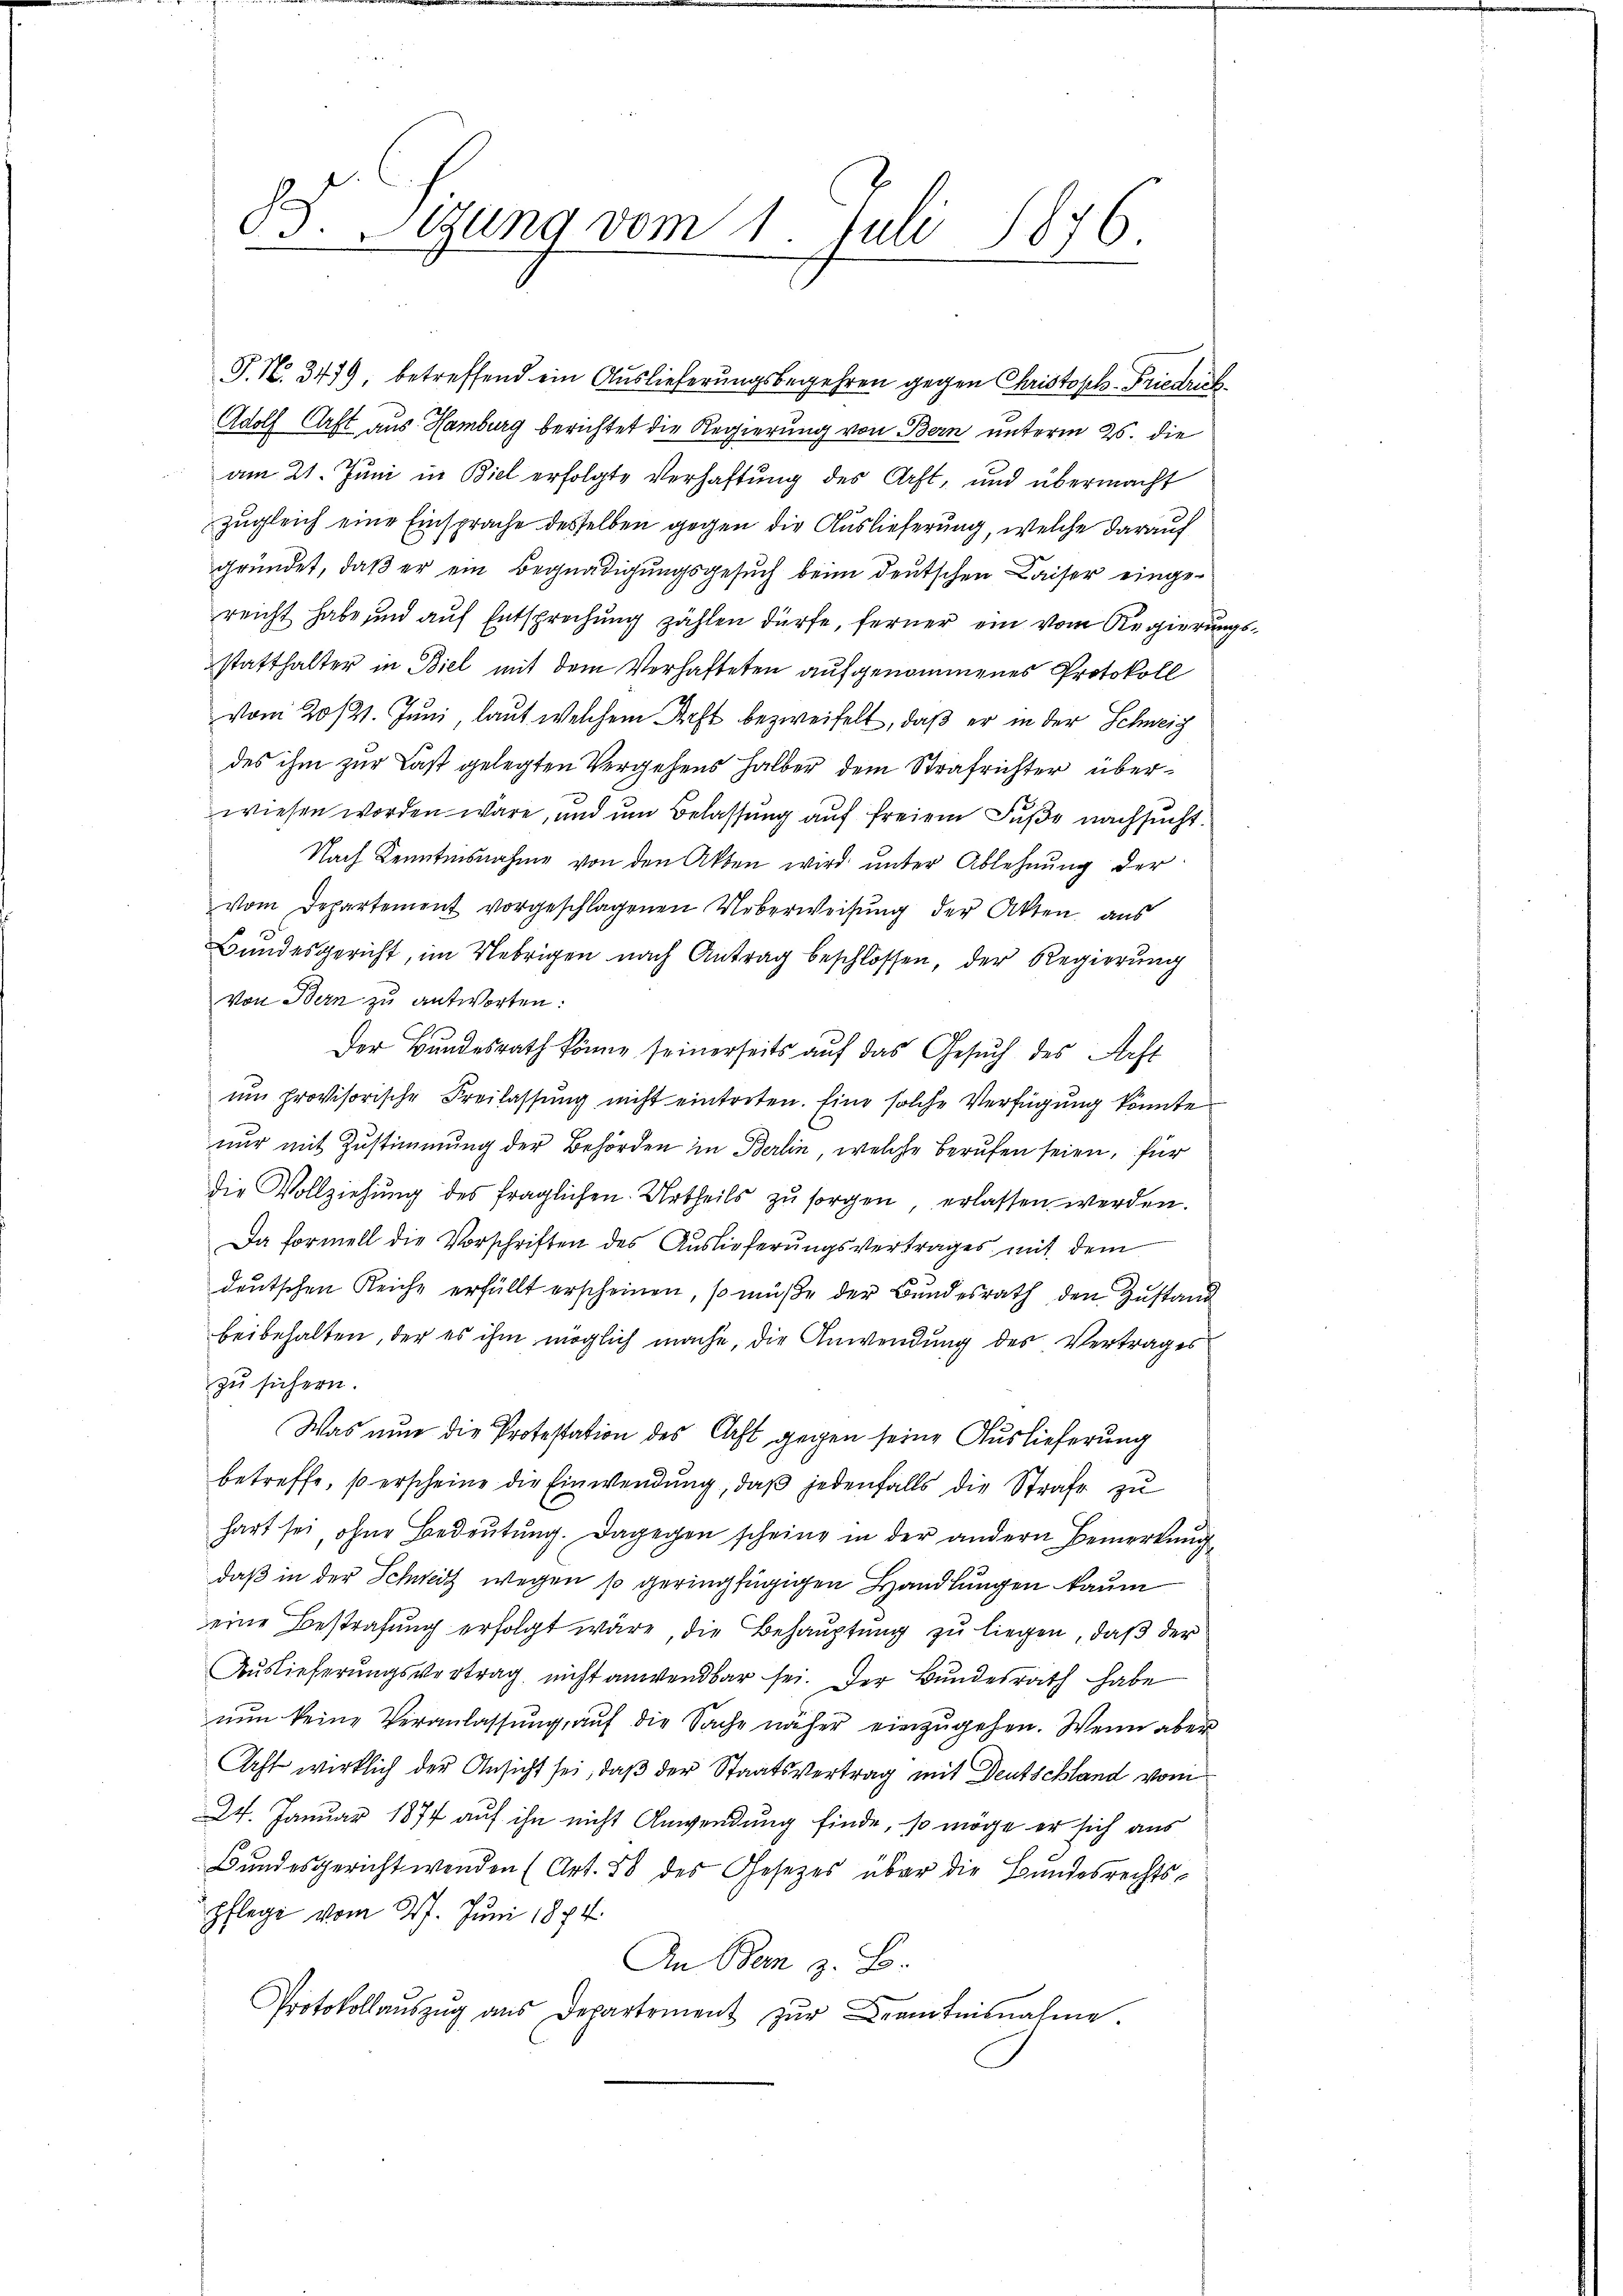
88. Sitzung vom 1. Juli 1876.

P. N. 3479 betreffend ein Auslieferungsbegehren gegen Christoph Friedrich
Adolf Caft aus Hamburg berichtet die Regierung von Bern unterm 25. die
am 21. Juni in Biel erfolgte Verhaftung des Art, und übermacht
zugleich eine Einsprache desselben gegen die Auslieferung, welche darauf
gründet, daß er ein Begnadigungsgesuch beim deutschen Kaiser eingereicht habe und auf Entsprechung zählen dürfe, ferner ein vom Regierungsstatthalter in Biel mit dem Verhafteten aufgenommenes Protokoll
vom 20/21. Juni, laut welchem Arzt bezweifelt, daß er in der Schweiz
des ihm zur Last gelegten Vergehens halber dem Strafrichter überwiesen worden wäre, und um Belassung auf freiem Fuße nachsucht.
Nach Kenntnisnahme von den Akten wird unter Ablehnung der
vom Departement vorgeschlagenen Ueberweisung der Akten aus
Bundesgericht, im Uebrigen nach Antrag beschlossen, der Regierung
Von Bern zu antworten:
Der Bundesrath könne seinerseits auf das Gesŭch des Forst
um provisorische Freilassung nicht eintreten. Eine solche Verfügung könnte
nur mit Zustimmung der Behörden in Berlin, welche berufen seien, für
die Vollziehung des fraglichen Urtheils zu sorgen erlassen werden.
Da formell die Vorschriften des Auslieferungsvertrages mit dem
deutschen Reiche erfüllt erscheinen, so müße der Bundesrath den Zustand
beibehalten, der es ihm möglich mache, die Anwendung des Vertrages
zu sichern.
Was nun die Protestation des Acht gegen seine Auslieferung
betreffe, so erscheine die Einwendung, daß jedenfalls die Strafe zu
hart sei, ohne Bedeutung. Dagegen scheine in der andern Bemerkung
daß in der Schweiz wegen so geringfügigen Handlungen kaum
eine Bestrafung erfolgt wäre, die Behauptung zu liegen, daß der
Auslieferungsvertrag nicht anwendbar sei. Der Bundesrath habe
nŭn keine Veranlassŭng aŭf die Sache näher einzŭgehen. Wenn aber
Acht wirklich der Ansicht sei, daß der Staatsvertrag mit Deutschland vom
24. Januar 1874 auf ihn nicht Anwendung finde, so möge er sich aus
Bandesgericht wenden (Art. 58 des Gesetzes über die Bundesrechts-
pflege vom 27. Juni 1874.
An Bem z. B.
Protokollaŭszŭg ans Departement zŭr Beamtnisnahme